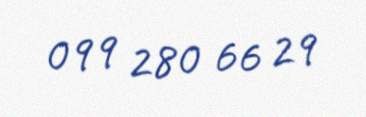
099 280 66 29